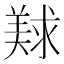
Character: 𰭛